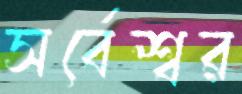
সর্বেশ্বর